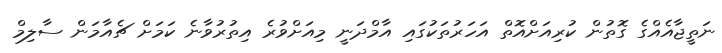
ނަތީޖާއެއްގެ ގޮތުން ކުރިއަށްއޮތް އަހަރުތަކުގައި އާމްދަނީ މިއަށްވުރެ އިތުރުވާނެ ކަމަށް ޗެއާމަން ސާލިމް